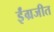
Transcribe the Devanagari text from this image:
ईंग्रजीत